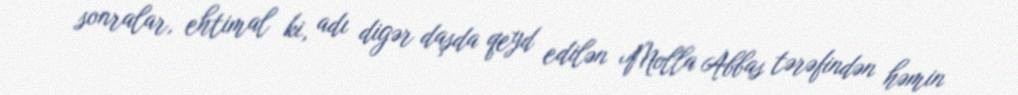
sonralar, ehtimal ki, adı digər daşda qeyd edilən Molla Abbas tərəfindən həmin